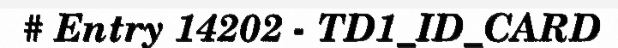
# Entry 14202 - TD1_ID_CARD